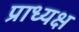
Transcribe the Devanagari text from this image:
प्राध्यक्ष